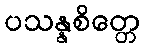
ပသန္နစိတ္တေ